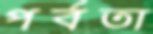
পর্বতা